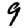
Digit: 9